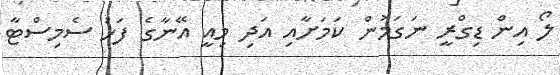
ލޯ އިން ޑިގްރީ ނަގަމުން ކަމަށާއި އަދި މިއީ އޭނާގެ ފަހު ސެމިސްޓާ